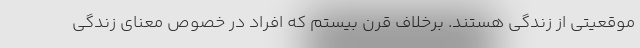
موقعیتی از زندگی هستند. برخلاف قرن بیستم که افراد در خصوص معنای زندگی